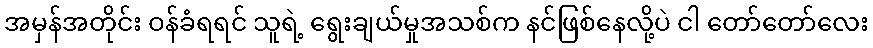
အမှန်အတိုင်း ဝန်ခံရရင် သူရဲ့ ရွေးချယ်မှုအသစ်က နင်ဖြစ်နေလို့ပဲ ငါ တော်တော်လေး